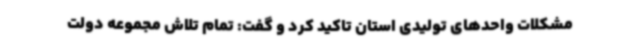
مشکلات واحدهای تولیدی استان تاکید کرد و گفت: تمام تلاش مجموعه دولت